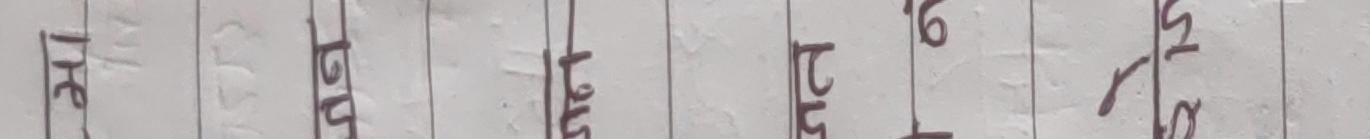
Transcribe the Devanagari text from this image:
पुत सप्त पद बध तथ पस